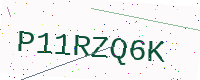
Text: P11RZQ6K